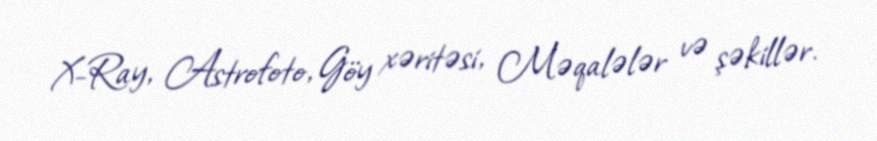
X-Ray, Astrofoto, Göy xəritəsi, Məqalələr və şəkillər.